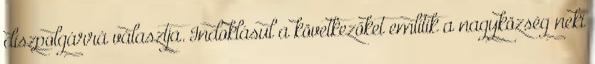
díszpolgárrá választja. Indoklásul a következőket említik a nagyközség neki